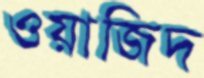
ওয়াজিদ